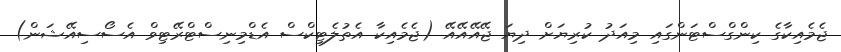
ޖެމެއިކާގެ ކިންގްސްޓަންގައި މިއަދު ކުރިޔަށް ދިޔަ ޖޭއޭއޭއޭ (ޖެމެއިކާ އެތުލެޓިކްސް އެޑްމިނިސްޓްރޭޓިވް އެސޯސިއޭޝަން)